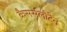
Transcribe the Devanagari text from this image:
कैसर्सलौटेन